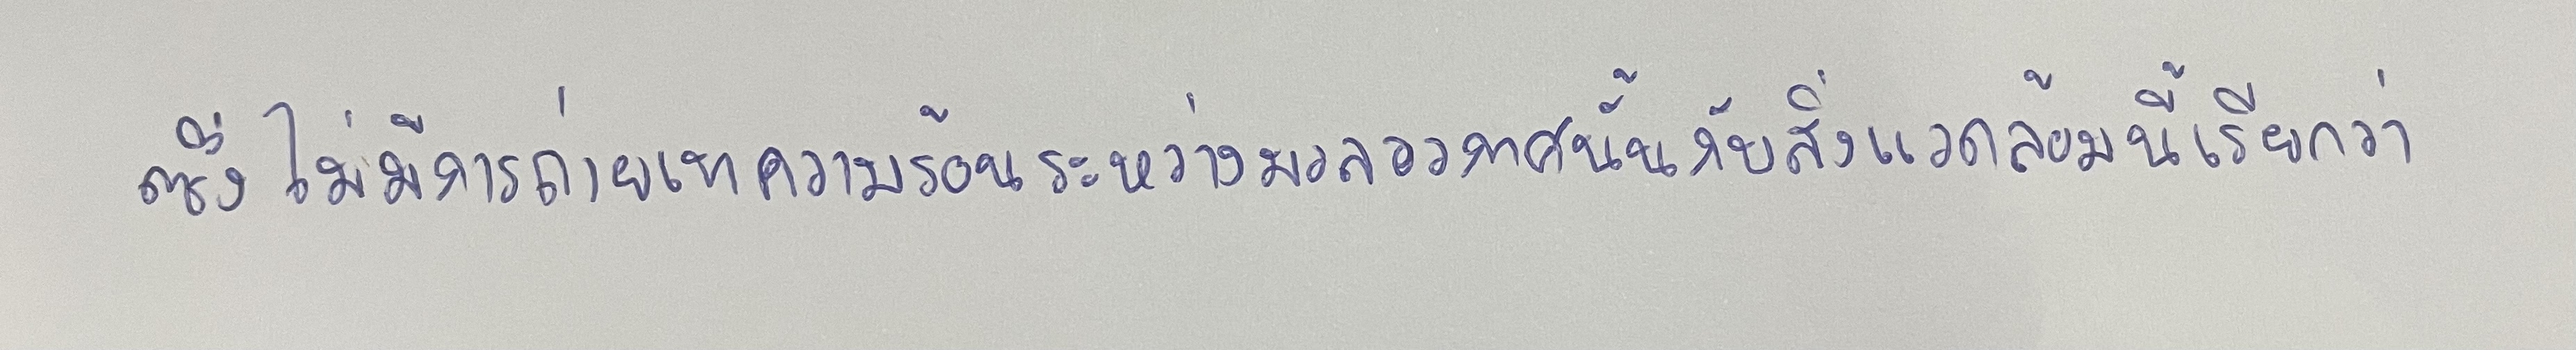
ซึ่งไม่มีการถ่ายเทความร้อนระหว่างมวลอากาศนั้นกับสิ่งแวดล้อมนี้เรียกว่า